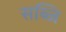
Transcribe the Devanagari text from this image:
सब्जि